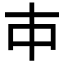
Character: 𰀉